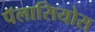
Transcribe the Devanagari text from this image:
पॅलासियोस